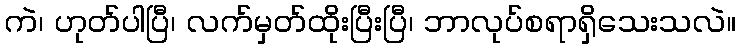
ကဲ၊ ဟုတ်ပါပြီ၊ လက်မှတ်ထိုးပြီးပြီ၊ ဘာလုပ်စရာရှိသေးသလဲ။